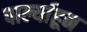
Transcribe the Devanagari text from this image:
पार्ल्याहून